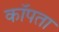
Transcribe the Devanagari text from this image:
कॉपता